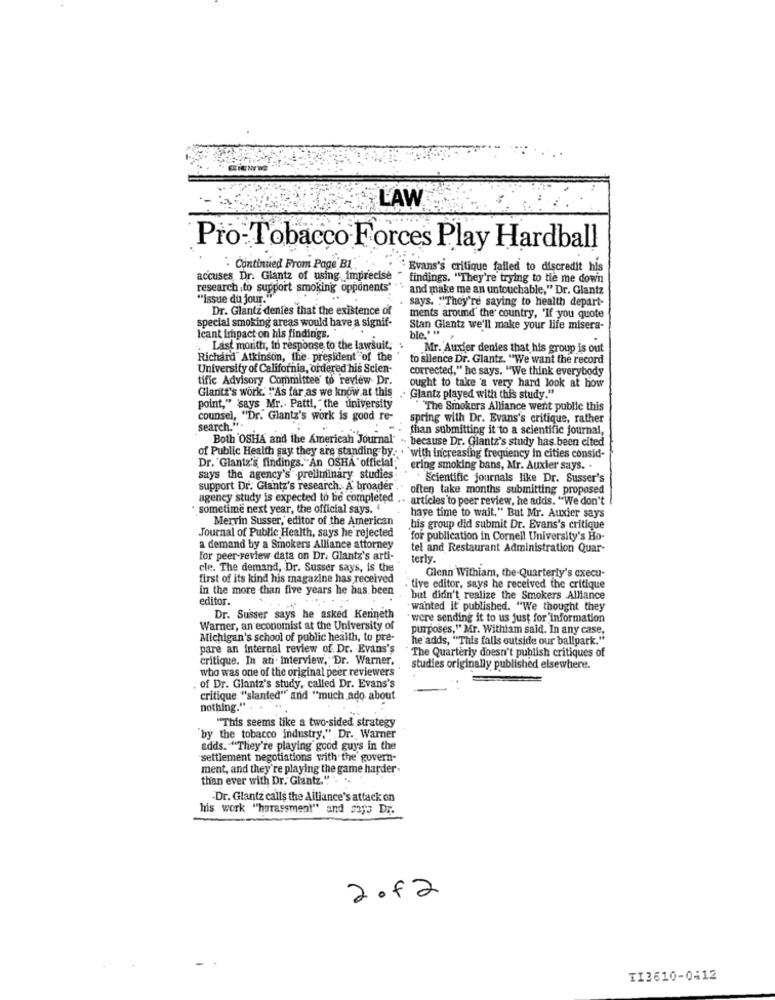
LAW
Pro-Tobacco Forces Play Hardball
". Continued From Page BI".
* Evans's critique failed to discredit his
accuses, Dr. Glantz of using imprecise
findings. "They're trying to tie me down
research .to support smoking opponents" .
"and make me an untouchable," Dr. Glantz
"issue du jour."
says. "They're saying to health depart-
Dr. Glantz denies that the existence of
ments around the country, "If you quote
special smoking areas would have a signif-
Stan Glantz we'll make your life misera-
Icant Impact on his findings.
ble.' "
Last morith, in response to the lawsuit, .
Mr. Auxier denies that his group is out
Richard" Atkinson, the president of the
to silence Dr. Glantz. "We want the record
University of California, ordered his Scien-
corrected," he says, "We think everybody
tific Advisory Committee' to review Dr.
Glantt's work. "As far as we know at this
ought to take a very hard look at how
Glantz played with this study."
point," says Mr .. Patti, the university
The Smokers Alliance went public this
counsel, "Dr. Glantz's work is good re-
spring with Dr. Evans's critique, rather
search.".
than submitting it to a scientific journal,
Both OSHA and the American Journal' .. because Dr. Giantz's study has been cited
of Public Health say they are standing by: . 'with increasing frequency in cities consid-
Dr. Glantz's findings."An OSHA official
ering smoking bans, Mr. Auxier says. .
says the agency's"preliminary studies
Scientific journals like Dr. Susser's
support Dr. Glantz's research. A broader .
often take months submitting proposed
agency study is expected to be completed .. articles'to peer review, he adds. "We don't
sometime next year, the official says. "
Mervin Susser, editor of the American
have time to wait." But Mr. Auxier says
Journal of Public Health, says he rejected
his group did submit Dr. Evans's critique
for publication in Cornell University's Ho-
a demand by a Smokers Alliance attorney
tel and Restaurant Administration Quar-
for peer-review data on Dr. Glantz's arti-
terly.
cle. The demand, Dr. Susser says, is the
first of its kind his magazine has received
Glenn Withiam, the Quarterly's cxecu-
in the more than five years he has been
tive editor, says he received the critique
editor.
but didn't realize the Smokers Alliance
wanted it published. "We thought they
Dr. Susser says he asked Kenneth
" were sending it to us just for'information
Warner, an economist at the University of
purposes," Mr. Withiam sald. In any case,
Michigan's school of public health, to pre-
he adds, "This falls outside our ballpark."
pare an internal review of. Dr. Evans's
The Quarterly doesn't publish critiques of
critique. In an- interview, Dr. Warner.
who was one of the original peer reviewers
studies originally published elsewhere.
of Dr. Glantz's study, called Dr. Evans's
critique "slanted" and "much ado about
nothing."
"This seems like a two-sided strategy
'by the tobacco industry." Dr. Warner
adds. ""They're playing good guys in the
settlement negotiations with the govern-
ment, and they're playing the game harder.
than ever with Dr. Glantz." . ..
-Dr. Glantz calls the Alliance's attack on
his work "harassment" and says Dr.
2012
TI3610-0412